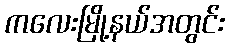
ကလေးမြို့နယ်အတွင်း